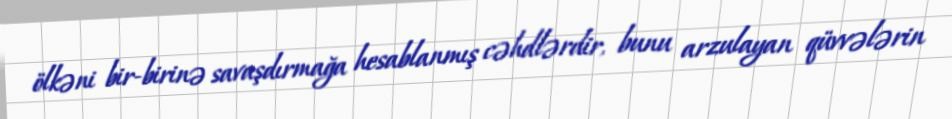
ölkəni bir-birinə savaşdırmağa hesablanmış cəhdlərdir, bunu arzulayan qüvvələrin